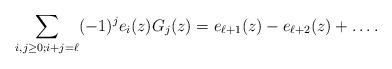
LaTeX: \begin{align*} \sum_{i,j \ge 0\/; i+j=\ell} (-1)^j e_i(z) G_j(z) = e_{\ell+1}(z) - e_{\ell+2}(z) + \ldots \/. \end{align*}